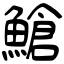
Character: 䱽